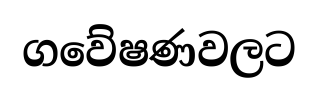
ගවේෂණවලට